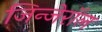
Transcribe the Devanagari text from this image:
जिन्जेरॉल